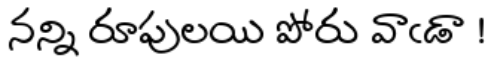
నన్ని రూపులయి పోరు వాఁడా !